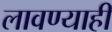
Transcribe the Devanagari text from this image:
लावण्याही